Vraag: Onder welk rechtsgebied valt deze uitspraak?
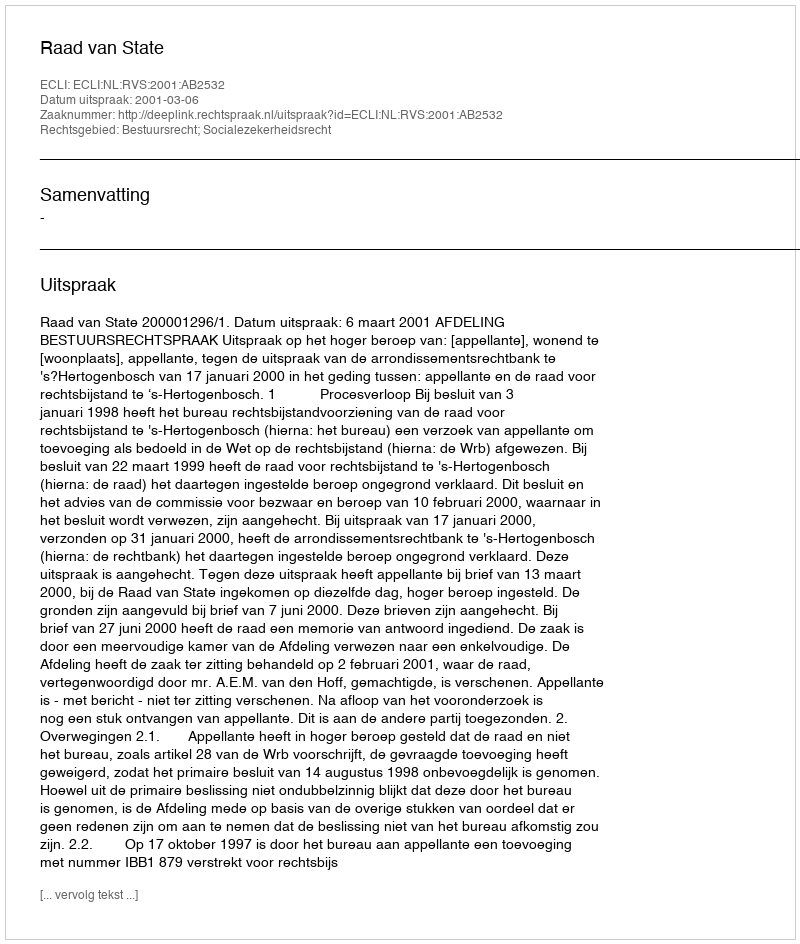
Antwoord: Bestuursrecht; Socialezekerheidsrecht